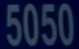
5050